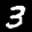
Label: 3